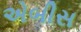
એબીસ